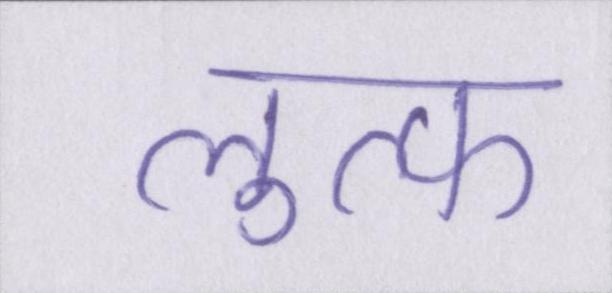
लुत्फ